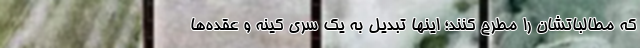
که مطالباتشان را مطرح کنند؛ اینها تبدیل به یک سری کینه‌ و عقده‌ها